Vital statistics of India. Vol. IV, Annual returns from 1871 to 1876. British Army of India, Native Army and jails of Bengal
Year: 1871
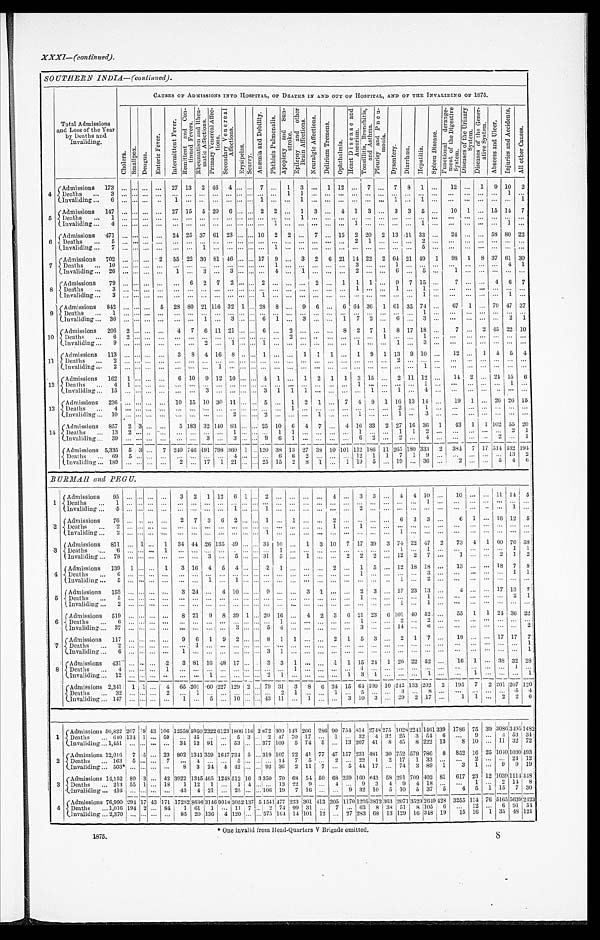
XXXI—(Continued).
SOUTHERN INDIA—(continued) .
Total Admissions
and Loss of the Year
by Deaths and
Invaliding.
CAUSES OF ADMISSIONS INTO HOSPITAL, OF DEATHS IN AND OUT OF HOSPITAL, AND OF THE INVALIDING OF 1875.
C h o l e r a . S m a l l p o x . D e n g u e .
E n t e r i c F e v e r .
I n t e r m i t t e n t F e v e r . R e m i t t e n t a n d c o n t i n u e d F e v e r . R h e u m a t i s m a n d R h e u m a t i c A f f e c t i o n s . P r i m a r y V e n e r e a l A f f e c t i o n s . S e c o n d a r y v e n e r e a l A f f e c t i o n s .
E r y s i p e l a s .
Survy.
A n æ m i a a n d D e b i l i t y . P h t h i s i s P u l m o n a l i s .
A p o p l e x y a n d S u n s t r o k e .
E p i l e p s y a n d o t h e r B r a i n A f f e c t i o n s . N e u r a l g i e A f f e c t i o n s .
D e l i r i u m T r e m e n s .
O p h t h a l m i a .
H e a r t D i s e a s e a n d A n e u r i s m .
T o u s i l l i t i s B r o n c h i t i s , a n d A s t h m a .
P i e u r i s y a n d P n e u m o n i a .
D y s e n t r y . D i a r r h œ a . H e p a t i t i s .
S p l e e n D i s e a s e .
F u n c t i o n s l a d e r a n g e m e n t o f t h e D i g e s t i v e S y s t e m .
D i s e a s e o f t h e U r i n a r y S y s t e m . D i s e a s e o f t h e G e n e r a t i v e S y s t e m . A b s e e s a n d U l c e r . I n j u r i e s a n d A c c i d e n t s . A l l o t h e r c a s e s .
4
Admissions 173 ... ... ... ... 27 13 2 46 4 ... ... 7 ... 1 3 ...
1
1 2
12 ...
7 . . . 7 8 1 ... 12 ... 1 9 10 2
Deaths ... 3 ... ... . . . ... ... ... ... ... ... ... ... . . . ... 1 1 .. . ... ...
. . . ...
. . . . . . ... ... . . . ...
. . . ... .. 1
. . .
Invaliding... 6 . . . . . . . . . . . .
1 . . . . . . . . . . . . . . . . . . 1 . . . . . . 1 . . . . . . . . . . . . . . . . . . 1 . . . 1 . . .
. . . . . . . . . . . . . . . 1
5
Admissions 147 ... ... ... ... 27 15 5 20 6 ... ... 2 2 ... 1 3 ... 4 1 3 ... 3 3 5 ... 10 1 ... 15 14 7
Deaths ... 1 ... ... . . . . . .
. . . . . . . . . . . . . . . . . . . . . . . . . . . . . . 1 . . . . . . . . . . . . . . . . . . . . . . . . . . . . . .
. . .
. . . . . . . . . . . . . . .
Invaliding... 4 . . . . . . . . . . . .
. . . . . . . . . . . . . . . . . . . . . . . . 1 . . . . . . . . . . . . . . . 1 . . . . . . . . . . . . 1
. . .
. . . . . . . . . . . . 1 . . .
6 Admissions 471 ... ... ... ... 24 25 37 61 23 ... ... 10 2 2 ... 7 ... 15 2 20 2 13 11 33 ... 24 ...
. . . 58 80 22
Deaths ... 5 ... ... . . . . . .
. . . . . . . . . . . . . . . . . . . . . . . . . . . . . . . . . . . . . . . . . . 2 1
. . . . . . . . . 2 . . .
. . . . . . . . . . . . . . . . . .
Invaliding... . . . . . . . . . . . . . . .
. . . . . . 1 . . . . . . . . . . . . . . . 1 . . . . . . . . . . . . . . . . . . . . . . . . . . . . . . 5 . . .
. . .
. . . . . . . . . . . . .
7
Admissions 702 . . . ... ...
2 55 22 30 81 46 ... ... 17 9 ... 3 2 6 21 14 22 2 64 21 49 1 98 1
8 37 61 30
Deaths ... 10 ... ... . . . ... ... ... ... ... ... ... ... ...
1 . . . . . . . . . . . . . . . 3 . . . . . . 1 . . . . . . . . .
. . . . . . . . . . . . 4 1
Invaliding ... 26 ... ... ... ... 1 ...
3 ... 3 ... ... ... 4 ...
1 . . . . . . . . . 2 . . . . . . 6 . . . 5 . . .
1 . . . . . . . . . . . . . . .
8
Admissions 79 ... ... ... ... ... 6 2 7 2 ... ... 2 ...
. . . . . . 2 . . . 1
1 1
. . .
9 7 15
. . .
7 . . . . . . 4 6 7
Deaths ... 3 ... ... ... ...
. . . ... ... ... ... ... . . . ... ... . . . ... ...
. . . . . . 1 . . . . . . 1 . . . 1 . . .
. . . . . . . . . . . . . . . . . .
Invaliding... . . . . . . . . . . . . . . .
. . . . . . . . . . . . . . . . . . . . . 1 . . . . . . . . . . . . . . . . . . . . . . . . . . . . . . . . . 1 . . .
. . . . . . . . . . . . 1 . . .
9
Admissions 842 ... ... ... 5 23 90 21 116 32 1 ... 23 8 ... 9 6 ... 6 64 36 1 61 35 74 ... 67 1 ... 79 47 37
Deaths ... 1 ... ... ... ... ... ... ... ... ... ... ... ... ... ...
. . . ... ... ... ... ... ... ... ... 1 . . .
. . . . . . . . . . . . . . . . . .
Invaliding ... 36 . . . ... ... ... ... ... 1 ... 3 ... ... 6 1 ...
3 . . . . . . 1 7 2
. . . 6 . . . 3 . . .
. . . . . . . . . . . . 2 1
10
Admissions 206 2 ... ... ... 4 7 6 11 21 . . . ... 6 ... 2 ... ... ... 8 2 7 1 8 17 18 . . . 7 . . . 2 15 22 10
Deaths ... 6 2 ... . . . . . .
. . . . . . . . . . . . . . . . . . . . . . . . . . . 2 . . . . . . . . . . . . . . . . . . 1
. . . . . . 1 . . .
. . . . . . . . . . . . . . . . . .
Invaliding ... 9 ... . . . . . . . . .
. . . . . . 2 ... 1 ... . . . 1
. . . ... ... ... ... ...
1 . . . . . . 1 . . . 3 . . .
. . . . . . . . . . . . . . . . . .
11
Admissions
1 1 3 . . . . . . . . . . . .
3 8 4 16 8 . . . . . . 1 ... ... 1 1 1 ... 1 9 1 13 9 10 . . . 12 ... 1 5 5 4
Deaths ... 3 . . . . . . . . . . . .
. . . . . . . . . . . . . . . . . . . . . . . . . . . . . . . . . . . . . . . . . . . . . . . . . . . 2
. . . . . . . . .
. . .
. . . . . . . . . . . . . . .
Invaliding... 2
...
. . .
. . . ...
. . . . . . . . . 1 . . . . . . . . . . . . . . . . . . . . . . . . . . . . . . . . . . . . . . . . . . . . . 1 . . .
. . . . . . . . . . . . . . . . . .
12
Admissions
1 6 2 1 . . . . . . . . .
. . . 10 9 12 10 . . . . . . 4 1 . . . 1 2 1 1 3 15 . . . 2 11 12 ... 14 2 ... 24 15 6
Deaths ... 4 1 . . . . . . . . .
. . . . . . . . . ...
. . . . . . . . . . . . . . . . . . . . . . . . . . . . . . 1 . . . . . . . . . . . . 1 . . .
. . . . . . . . . . . . 1 . .
Invaliding ... 15
. . . . . . . . .
. . .
. . . . . . 3 . . . . . . . . . . . . 3 1 1 1 . . . . . . . . . . . . 1
. . . 1 . . . 4 . . .
. . . . . . . . . . . . . . . . . .
13
Admissions 236 ... ... ...
. . . 10 15 10 30 11 . . . . . . 5 . . . 1 2 1 . . . 7 4 9 1 16 13 14 . . . 19 1
. . . 26 26 15
Deaths eath
s
... 4 ... ... . ... ... ... ... ... ... ... . . . . . . . . . ...
1 . . . . . . . . . . . . . . . . . . . . . 2 . . . 1 . . .
. . . . . . . . . . . . . . . . . .
Invaliding ... 10 . . . . . . . . . . . .
. . . . . . . . . . . . 2 . . . . . . 2 . . . . . . . . . 1 . . . . . . 1 . . . . . . 1 . . . 3 . . .
. . .
. . . . . . . . . . . . . . .
14
Admissions 857 2 1 3 ... ... 5 183 32 140 83 ... ... 25 10 6 4 7 ... 4 16 33 2 27 16 36 1 43 1 1 102 55 20
Deahs
...
1 3 2 ... ...
. . . ... ... ... ... 1 . . . . . . . . . 1 1 . . . . . . . . . . . . 1 . . . . . . 1 1 2 ...
. . . . . . . . . . . . 2 1
Invaliding... 3 9 . . . . . . . . . . . .
. . . . . . 3 . . . 3 . . . . . . 9 6 1 . . . . . . . . . . . . 6 3
. . . 2 . . . 4 . . .
. . . . . . . . . 2 . . . 1
Admissions 5,335 5 3 . . . 7 240 746 191 798 360 1 . . .
120 38 13 27 33 10 101 112 186 11 265 180 333 2 384 7 17 514 432 194
Deaths ... 69 5 ... . . . . . .
. . . . . . . . . . . . 4 . . . . . . 6 6 2 . . . ... . . . ... 12 1 1 7 1 9 ... ... ... ... ... 13 2
Invaliding ... 189 ... . . .
...
... 2 ... 17 1 21 ... . . . 25 15 2 8
1 1 . . . 1 19 5 ... 19 ... 36 ...
2 . . . . . . 5 4 6
BURMAII and PEGU.
1
Admissions 95 ... ... ... ... 3
2 1 12 6 1 ... 1
. . . . . . . . . . . . 4 ... 3 3 . . . 4 4 10 . . . 10 ... ... 11 14 5
Deaths...1
. . . . . . . . . . . .
. . . . . . . . . . . . . . . . . . . . . . . . . . . . . . . . . . . . . . . . . . . . . . . . . . . . . . . . .
1 . . .
. . .
. . . ... ... ... ...
Invaliding...5
. . . . . . . . . . . .
. . . . . . . . . . . . 1 . . . . . . . . . . . . . . . . . . . . . 2 . . . . . . . . . ... ... ...
. . . ... ... ... ... ... 1
. . .
2
Admissions 76
. . . . . . . . . . . . 2 7 3 6 2 ... ... 1
. . . 1 . . . . . . 2 . . . . . . . . . . . . 6 3 3 . . . 6 1 ... 16 12 5
Deaths
{
... 2 ... ... ...
. . .
. . . . . . . . . . . . . . . . . . . . . . . . . . . . . . . . . . . . 1 ... 1
. . . . . . . . . . . . . . . . . .
. . .
. . . . . . . . . . . . . . .
Invaliding ... 2 ... ... ...
. . .
. . . . . . . . . . . . . . . . . . . . . 1 . . . . . . . . . . . . . . . . . . . . . . . . . . . 1 . . . . . . . . .
. . . . . . . . . . . . . . . . . .
3
Admissions 811 ... 1 ... 1 34 44 26 135 49 ... ... 34 10
. . . 1 3 10 7 17 39 3 74 22 47 9 73
4 1 60 70 38
Deaths
{
... 6 ... ... ... 1 ... ...
. . . ... . . . ... ... ...
1 ...
. . . ... ... ... ...
. . . . . . 1
. . . 1 . . .
. . . . . . . . . . . . 1 1
Invaliding ... 78 ... . . . . . . . . .
. . . . . . 3 . . . 5 . . . . . . 3 1 5 . . . 1 ... ... 2 2 2
. . . 12 2 7 . . . 1
. . .
. . . 2 1 2
4
Admissions 139 1 ... ... 1 3 16 4
5 4 ... ... 2 1 ... ... ... 2 ... 1
5 ... 12 18 18 ... 13 ...
. . . 18 7 8
Deaths ... 6 ... ... . . . ... ...
. . . . . . . . . . . . . . . . . . . . . . . . . . . . . . . . . . . . . . . 1
. . . . . . . . . . . . 3 3 ...
. . . . . . . . . . . . 1 1
Invaliding ... 5 ... ... ... ... ... ...
1 . . . 1 . . . . . . . . . . . . ...
. . . . . . . . .
. . . ... ...
. . . 1 . . . 2 . . .
. . . . . . . . . . . . . . . . . .
5
Admissions 153 ... ... ...
. . . 3 24 ... 4 10 ...
9 ... ... 3 1 ...
. . . 2 3
. . . 17 23 13 ...
4 ... ... 17 13 7
Deaths ... 5 ... . . . ... ... ... ... ... ... ... ... ... ... ...
. . . . . . ... ... ...
. . . . . . ... ... ...
1 . . .
. . . . . . . . . . . . . . . . . .
Invaliding...2
. . . . . . . . . . . .
. . . . . . . . . . . . . . . . . . . . . . . . . . . . . . . . . . . . . . . . . . . . . . . . . . . 1 . . . 1 . . .
. . . . . . . . . . . . . . . . . .
6
Admissions 519 ... ... ... ... 8 21 9 8 39 1 ... 20 16 . . . 4 2 3 6 21 23 6 101 40 52 ... 55 1 1 24 36 22
Deaths ... 6
. . . . . . . . . . . .
. . . . . . . . . . . . . . . . . . . . . . . . 1 . . . . . . . . . . . . . . . 1 . . . . . . 2 . . . 2 . . .
. . . . . . ... ... ... ...
Invaliding...... 37 ... ... ...
. . .
. . . . . . . . . . . . 3 . . . . . . 5 4 . . . . . . . . . . . . . . . 3 . . .
. . . 1 4 . . . 6 . . .
. . . . . . . . . . . . . . . . . .
7
Admissions 117 ... ... ... ... 9 6 1 0 2 ... ... 8 1 1 ...
. . . 2 1 5 3 ... 2 1 7 ... 18 ...
. . . 17 17 7
Deaths...2
. . . . . . . . . . . .
. . . 1 . . . . . . . . . . . . . . . . . . . . . . . . . . . . . . . . . . . . . . . . . . . . . . . . . . . . . . . . .
. . .
. . .
. . . . . . . . . 1
Invaliding ... 6 ... . . . . . . . . .
1 . . . . . . . . . . . . . . . . . . 3 1 . . . . . . . . . . . . ... ... ... ... ... ... ... ...
. . . . . .
. . . . . . . . . 1
8
Admissions 431 ... . . . . . . 2 3 81 16 48 17 ... . . . 3 3 1 ... ... 1 1 15 24 1 26 22 52
. . . 16 1 ... 38 32 28
Deaths ... 4 ... . . . . . . 1 ... ... ... ... ... ... ... ... ...
1 . . . . . . . . . . . . 1 . . . . . . . . . . . . . . . . . .
. . . . . . . . . . . . 1 . . .
Invaliding...12
. . . . . . . . . . . .
. . . . . . 1 . . . . . . . . . . . . 2 1 . . . . . . . . . . . . 1 3 1 . . . . . . . . . 1 . . .
. . . 1 . . . . . . . . . 1
9
Admissions2,341 1 1 . . . 4
6 5 2 0 1 6 0 2 2 7 1 2 9 2 . . . 7 9 3 1 3 8 6 2 4 1 5 6 4 1 0 0 1 0 2 4 2 1 3 3 2 0 2 2
1 9 5 7 2 2 0 1 2 0 7 1 2 0
Deaths...32
. . . . . . . . . 2
. . . 1 . . . . . . . . .
. . . . . . . . . 2 1 . . . . . . 1 . . . 5 . . . . . . 3 . . . 8 . . .
. . . . . . . . . . . . 5 4
Invaliding ... 147 . . . . . . . . . . . .
1 . . . 5 . . . 1 0 . . . . . . 4 3 1 1 . . . 1
. . . . . . 3 1 0 3 . . . 2 9 2
1 7 . . .
1 1 . . . 2 2 6
1 Admissions
5 0 , 8 2 2 2 0 7 8 4 3 1 0 6
1 2 5 5 8 5 9 5 0 2 3 2 2 6 1 2 3 1 8 0 6 1 1 6 2 8 7 2 3 0 9 1 4 3 2 6 6
2 8 6 9 0 7 5 4 8 1 4 2 7 4 8 2 7 5
1 0 2 8 2 2 4 1 1 4 6 1 3 3 9
1 7 8 6 7 5 6 9 3 0 9 6 3 4 9 5 1 4 8 2
Deaths ...
6 4 0 1 3 4 1 . . . 5 9
. . . 4 5 . . . . . . 5 3 . . . 2 4 7 7 0 1 7
. . . 1
. . . 3 2 4 3 2 2 5 3 5 4 6
. . .
9 . . .
4 5 3
3 4
I n v a l i d i n g 1 , 4 5 1
. . . . . . . . . . . . 3 4
1 3 9 1
. . . 5 3 . . .
. . . 3 7 7 1 0 9 5 7 4 5 . . .
1 3
2 0 7 4 1 8 4 5 8 2 2 2 1 3
8 1 0 . . . 1 1 3 2
7 2
2
Admissions 12,016 7 5 . . . 23 802 1341359 1647 7 3 4 5 . . . 3 1 9 107 22 41 77 47 157 231 481 30 752 579 786 8 852 16 25 1040 1030 493
D e a t h s . . .
163 5 . . . . . . 7
. . . 4 ...
. . . 5 . . . . . . . . . 1 4 7 5
. . . 2
. . . 2 2 1 2 1 7 1 3 3 . . .
. . . 2 . . . . . . 2 4 1 2
I n v a l i d i n g . . .
5 0 3 * . . . . . . . . . . . .
8 3 2 4 4 4 2 . . . . . . 9 2
3 6 2 1 1 7
. . . 5
4 4 1 7 . . . 7 4 3 8 9 1
3 1 . . . 9 9
1 9
3
Admissions
1 4 1 5 2 8 0 3 . . . 4 2
3 . 2 2
1 3 4 5 4 6 5 1 2 4 8 5 1 2 1 6 3 3 5 0 7 0 6 8 5 4 5 0 6 8 2 5 0 1 0 0 6 4 3 5 8 2 9 1 7 0 9
4 0 2 8 1
6 1 7 2 3 1 2 1 0 3 9 1 1 4 4 4 8
Deaths ...
2 1 3 5 5 1 . . . 1 8
1 1 2 1 . . . 1 4 . . . . . . 1 3 2 2 9 . . . 4 . . . 9 3 4 9 4 1 8 . . .
. . .
1 . . . 2 1 1 8
Invaliding ...
4 1 6 . . . . . . . . . . . .
4 3 4 2 1 . . . 2 5 . . . . . . 1 0 6 1 9 7 1 6 . . . . . . 9 3 2 1 0 5 1 0 5 3 7 5
4 5
1 1 5 7
3 0
4
Admissions
7 6 , 9 9 0 2 9 4 1 7 4 3 1 7 1
1 7 2 8 2 8 6 3 6 3 1 4 6 9 0 1 8 3 0 5 2 1 3 7 5 1 5 4 1 4 7 7 2 3 3 3 6 1 4 1 3 2 0 5
1 1 7 0 1 2 0 5 3 8 7 2 3 6 3
2 0 7 1 3 5 2 9 2 6 4 9 4 2 8
3 2 5 5 1 1 4 7 6 5 1 6 5 5 6 3 9 2 4 2 3
Deaths ...
1 , 0 1 6 1 9 4 2 . . . 8 4
1 6 1 1 . . . 1 1 7 . . . 2
7 4 9 9 3 1 . . . 7 . . . 6 3 8 3 8 5 1 8 1 0 5 6 . . .
1 2 . . . 6 9 1 5 1
Invaliding ...
2 , 3 7 0 . . . . . . . . . . . .
8 5 2 0 1 3 6 4 1 2 0 . . . . . . 5 7 5 1 6 4 1 4 1 0 1 1 2 . . . 2 7 2 8 3 6 8 1 3 1 2 9 1 6 3 4 8 1 9
1 5 1 6 1 3 5 4 8 1 2 1
* O n e i n v a l i d f r o m H e a d - Q u a r t e r s v B r i g a d e o m i t t t e d .
1875. 8
S